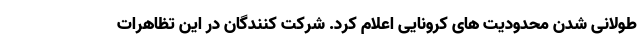
طولانی شدن محدودیت های کرونایی اعلام کرد. شرکت کنندگان در این تظاهرات